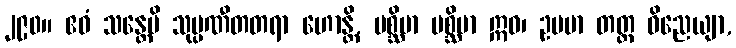
၂၉၀။ ဧဝံ သန္တေပိ သုပ္ပဏီတတရာ ဟောန္တိ, ပစ္ဆိမာ ပစ္ဆိမာ ဣဓ၊ ဥပမာ တတ္ထ ဝိညေယျာ,